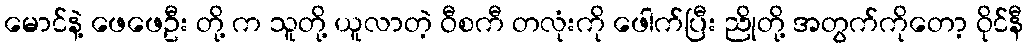
မောင်နဲ့ ဖေဖေဦး တို့ က သူတို့ ယူလာတဲ့ ဝီစကီ တလုံးကို ဖေါက်ပြီး ညိုတို့ အတွက်ကိုတော့ ဝိုင်နီ